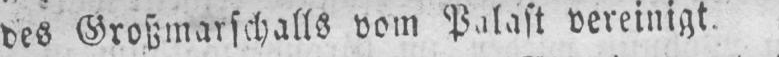
vereinigt.